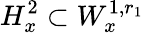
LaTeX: H_{x}^{2}\subset W_{x}^{1,r_{1}}